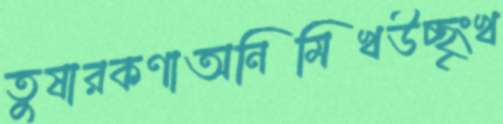
তুষারকণাঅনিমিখউচ্ছৃংখ